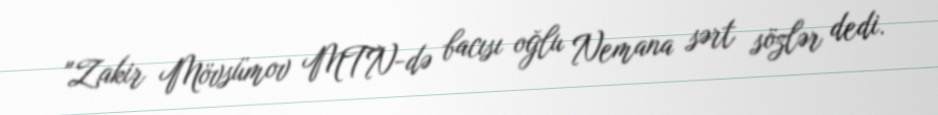
"Zakir Mövsümov MTN-də bacısı oğlu Nemana sərt sözlər dedi.